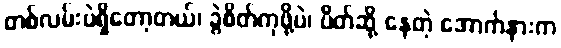
တစ်လမ်းပဲရှိတော့တယ်၊ ခွဲစိတ်ကုဖို့ပဲ၊ ပိတ်ဆို့ နေတဲ့ အောက်နားက